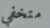
متخفي